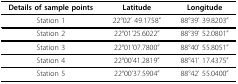
| Details of sample points | Latitude | Longitude |
 | --- | --- | --- |
 | Station 1 | 22°02' 49.1758" | 88°39' 39.8203" |
 | Station 2 | 22°01'25.6022" | 88°39' 52.0801" |
 | Station 3 | 22°01'07.7800" | 88°40' 55.8051" |
 | Station 4 | 22°00'41.2819" | 88°41' 17.4375" |
 | Station 5 | 22°00'37.5904" | 88°42' 55.0400" |